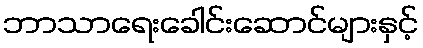
ဘာသာရေးခေါင်းဆောင်များနှင့်